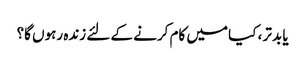
یا بدتر ، کیا میں کام کرنے کے لئے زندہ رہوں گا؟